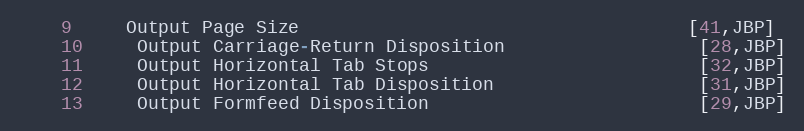
Language: C
    9     Output Page Size                                    [41,JBP]
    10     Output Carriage-Return Disposition                  [28,JBP]
    11     Output Horizontal Tab Stops                         [32,JBP]
    12     Output Horizontal Tab Disposition                   [31,JBP]
    13     Output Formfeed Disposition                         [29,JBP]